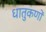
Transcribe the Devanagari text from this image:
धातुकणों